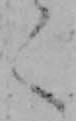
く